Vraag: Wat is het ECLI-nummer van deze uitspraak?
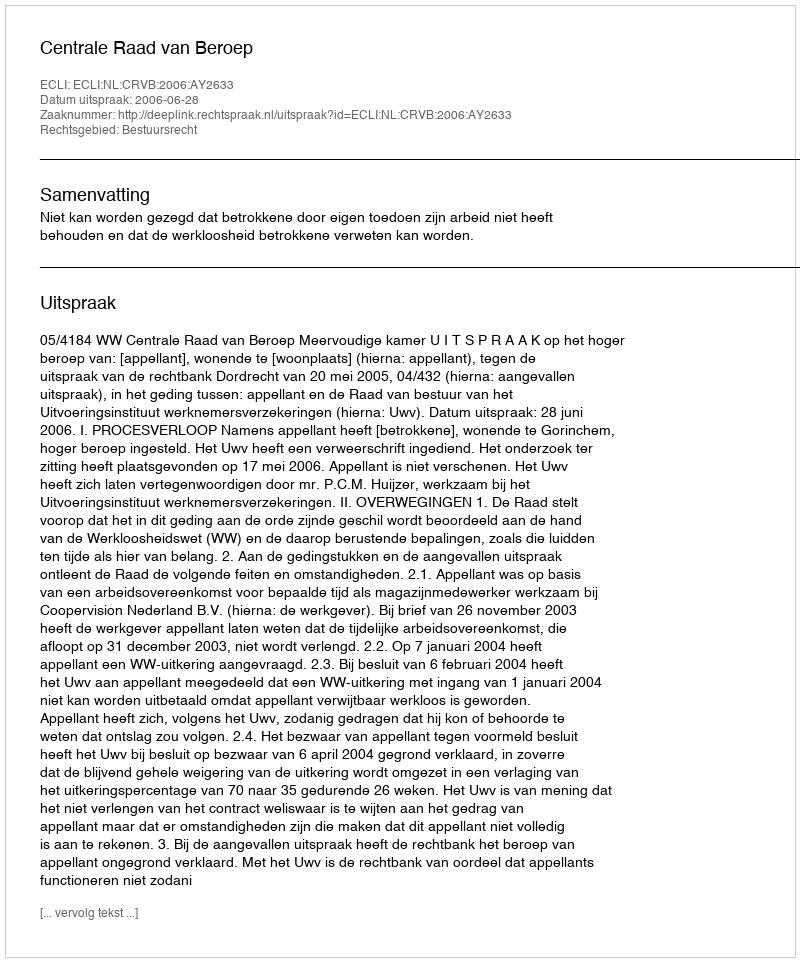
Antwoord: ECLI:NL:CRVB:2006:AY2633